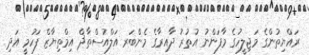
ރައްޔިތުންގެ މަޖިލީހުގެ މާފަންނު އުތުރު ދާއިރާގެ މެންބަރ އަލްއުސްތާޛް އިމްތިޔާޒް ފަހުމީ އަދި